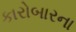
કારોબારના